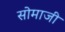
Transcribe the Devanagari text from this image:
सोमाजी